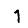
Digit: 1